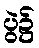
ပွဲ၌